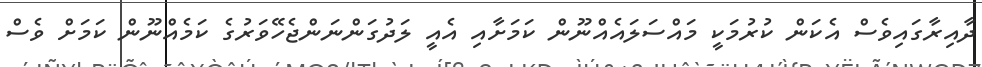
ދާއިރާގައިވެސް އެކަން ކުރުމަކީ މައްސަލައެއްނޫން ކަމަށާއި އެއީ ލަދުގަންނަންޖެހޭވަރުގެ ކަމެއްނޫން ކަމަށް ވެސް